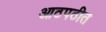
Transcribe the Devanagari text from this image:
आठपठीत